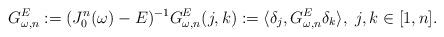
LaTeX: \begin{align*}G_{\omega,n}^E:=(J_0^n(\omega)-E)^{-1}G_{\omega,n}^E(j,k):=\langle\delta_j, G_{\omega,n}^E\delta_k\rangle,\ j,k\in[1,n].\end{align*}